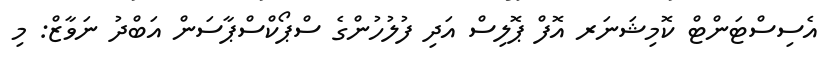
އެސިސްޓަންޓް ކޮމިޝަނަރ އޮފް ޕޮލިސް އަދި ފުލުހުންގެ ސްޕޯކްސްޕާސަން އަބްދު ނަވާޒް: މި